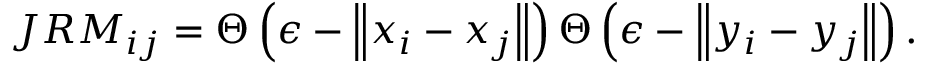
J R M _ { i j } = \Theta \left( \epsilon - \left\| x _ { i } - x _ { j } \right\| \right) \Theta \left( \epsilon - \left\| y _ { i } - y _ { j } \right\| \right) .